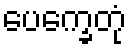
ပေက္ခေတုံ